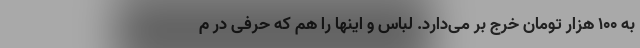
به 100 هزار تومان خرج بر می‌دارد. لباس و اینها را هم که حرفی در م